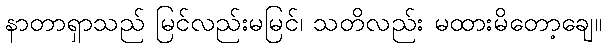
နာတာရှာသည် မြင်လည်းမမြင်၊ သတိလည်း မထားမိတော့ချေ။